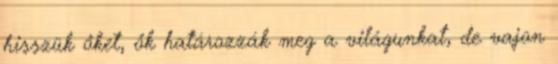
hisszük őket, ők határozzák meg a világunkat, de vajon